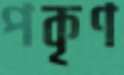
পকৃণ